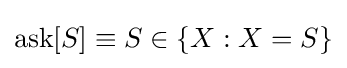
\operatorname {ask} [S]\equiv S\in \{X:X=S\}